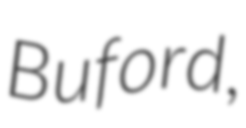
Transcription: Buford,